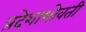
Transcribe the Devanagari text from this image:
प्रदेशाभोवती